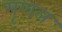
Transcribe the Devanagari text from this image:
मृणल